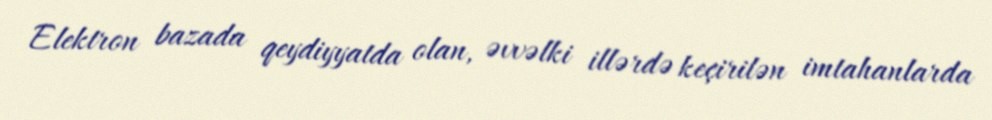
Elektron bazada qeydiyyatda olan, əvvəlki illərdə keçirilən imtahanlarda